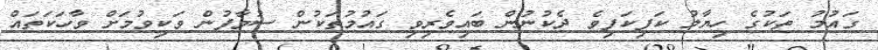
ގައުމު ތަކުގެ ހިޔާލު ކަފިކަފިވެ ދެކުނުން ބައިވެރިވި ގައުމުތަކުން ސުވާފުން ވަކިވުމަށް ވާހަކަތައް